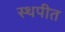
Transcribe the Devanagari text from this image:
स्थपीत